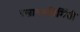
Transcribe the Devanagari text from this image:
रसायननिर्मिती